Konstantin_Pats, lk 2
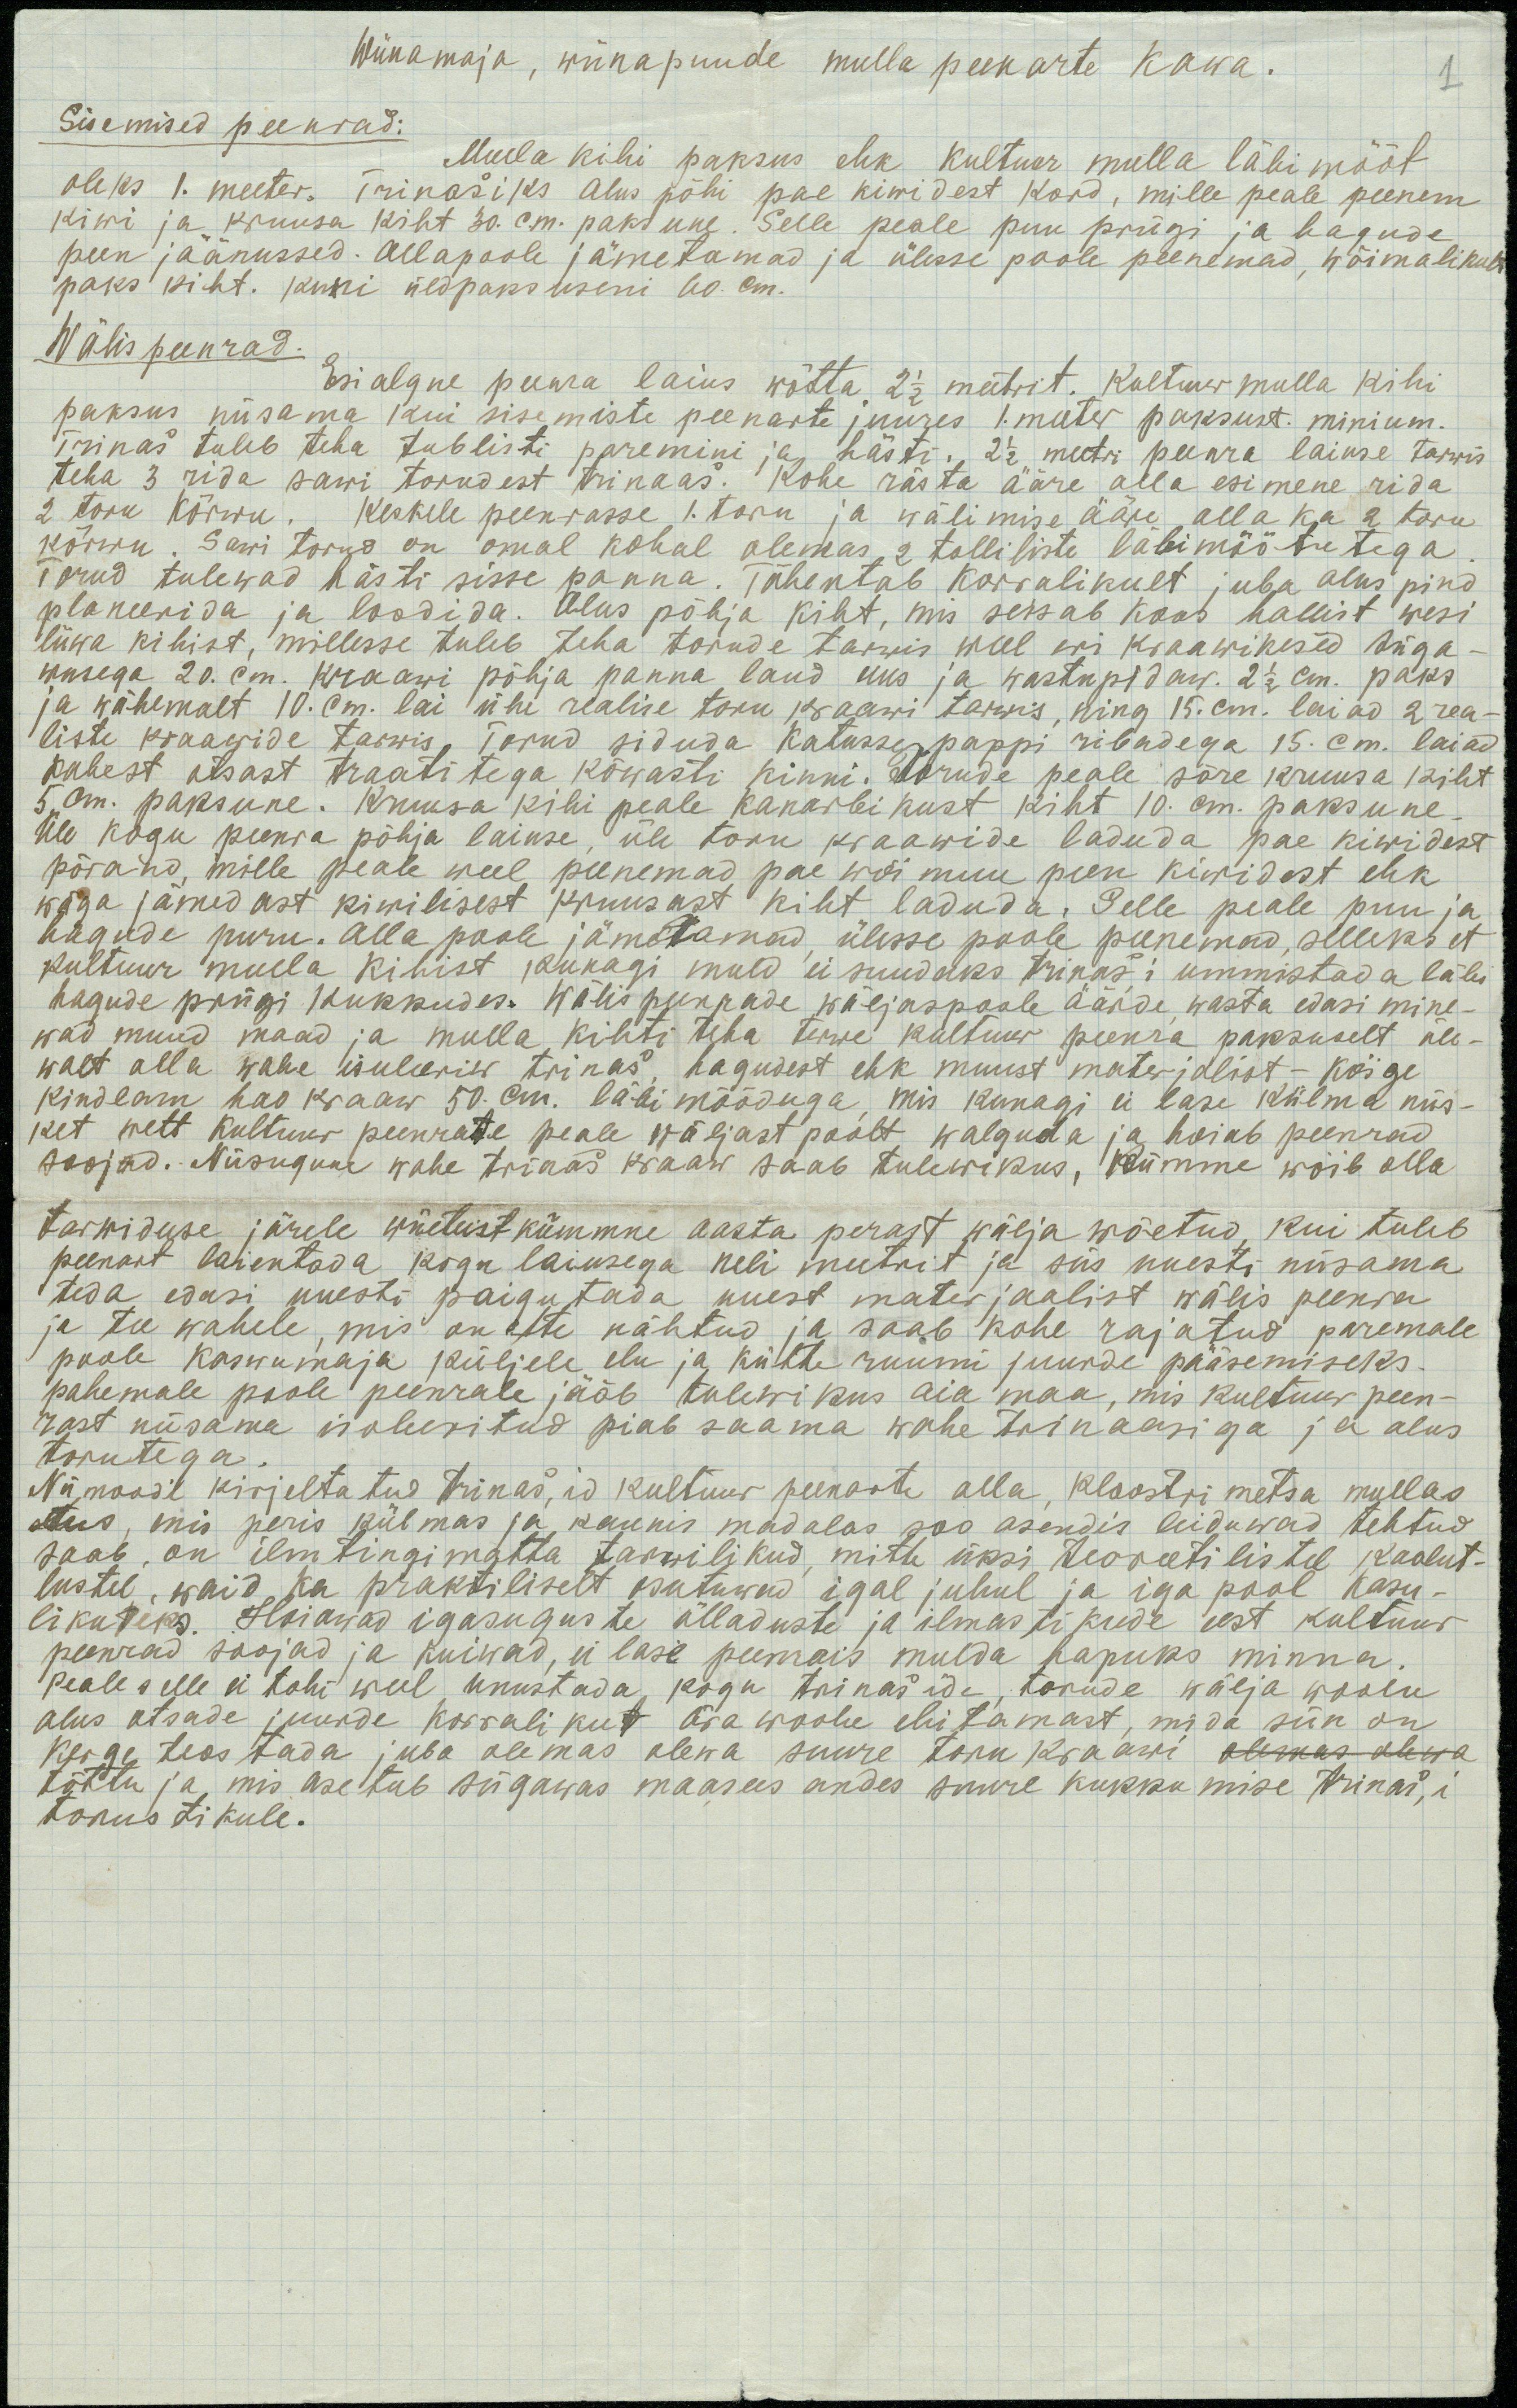
Wiinamaja, wiinapuude mulla peenarte kawa.
1
Sisemised peenrad:
Mulla kihi paksus ehk kultuur mulla läbi mõõt
oleks 1. meeter. Trinažiks alus põhi pae kiwidest kord, mille peale peenem
kiwi ja kruusa kiht 30. c.m. paksune. Selle peale puu prügi ja hagude
peen jäänussed. Allapoole jämetumad ja ülesse poole peenemad, wõimalikult
paks kiht. kuni üldpaksuseni 60. cm.
Wälispeenrad.
Esialgne peenra laius wõtta 2 1/2 meetrit. Kultuur mulla kihi
paksus niisama kui sisemiste peenarte juures 1. meeter paksus.t minium
Trinaž tuleb teha tublisti paremini ja hästi, 2 1/2 meetri peenra laiuse tarwis
teha 3 rida sawi torudest trinaaž. Kohe rästa ääre alla esimene rida
2 toru kõrwu. Keskele peenrasse 1. toru ja wälimise ääre alla ka 2 toru
kõrwu. Sawi torud on omal kohal olemas 2 tolliliste läbimõõtutega
Torud tulewad hästi sisse panna. Tähentab korralikult juba alus pind
planeerida ja loodida. Alus põhja kiht, mis seisab koos hallist wesi
liiwa kihist, millesse tuleb teha torude tarwis weel eri kraawikesed süga
wusega 20. cm. Kraawi põhja panna laud uus ja wastupidaw. 2 1/2 cm. paks
ja wähemalt 10. cm. lai ühe realise toru kraawi tarwis, ning 15. cm. laiad 2 rea-
liste kraawide tarwis, Torud siduda katusse pappi ribadega 15. cm. laiad
kahest otsast traatitega kõwasti kinni. Torude peale sõre kruusa kiht
5 cm. paksune. Kruusa kihi peale kanarbikust kiht 10. cm. paksune.
Üle kogu peenra põhja laiuse, üle toru kraawide laduda pae kiwidest
põrand, mille peale weel peenemad pae wõi muu peen kiwidest ehk
wäga jämedast kiwilisest kuusast kiht laduda. Selle peale puu ja
hagude puru. Alla poole jämedamad ülesse poole peenemad, selleks et
kultuur mulla kihist kunagi muld ei suudaks trinaš'i ummistada läbi
hagude prügi kukkudes. Wälis peenrade wäljaspoole äärde, wasta edasi mine-
wad muud maad ja mulla kihti teha terwe kultuur peenra paksuselt üle-
walt alla wahe isuleeriw trinaš hagudest ehk muust materjalist - kõige
kindlam kas kraaw 50. cm. läbimõõduga, mis kunagi ei lase külma niis-
ket wett kultuur peenrate peale wäljast poolt walguda ja hoiab peenrad
soojad. Niisugune wahe trinaš kraaw saab tulewikus, kümme wõib olla
tarwiduse järele wiieteist kümmne aasta perast wälja wõetud, kui tuleb
peenart laientada kogu laiusega neli meetrit ja siis uuesti niisama
teda edasi uuesti paigutada uuest materjaalist wälis peenra
ja tee wahele, mis on ette nähtud ja saab kohe rajatud paremale
poole kaswumaja küljele elu ja kütte ruumi juurde pääsemiseks.
pahemale poole peenrale jääb tulewikus aia maa, mis kultuur peen-
rast niisama isoleeritud piab saama wahe trinaasiga ja alus
torutega.
Nii moodi kirjeltatud trinaš,id kultuur peenarte alla Kloostri metsa mullas
kus, mis peris külmas ja kaunis madalas soo asendis leiduwad tehtud
saab, on ilmtingimatta tarwilikud, mitte üksi teoreetilistel kaalut
lustel, waid ka praktiliselt osutuwad igal juhul ja iga pool kasu-
likuteks. Hoiawad igasuguste ülladuste ja ilmastikude eest kultuur
peenrad soojad ja kuiwad, ei lase peenrais mulda hapuks minna.
Peale selle ei tohi weel unustada kogu trinašide, torude wälja woolu
alus otsade juurde korralikut ära woolu ehitamast, mida siin on
kerge teostada juba olemas olewa suure toru kraawi olemas olewa
tõttu ja mis asetub sügawas maasees andes suure kukkumise trinaš,i
torustikule.